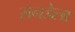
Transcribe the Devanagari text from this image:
रानडेला